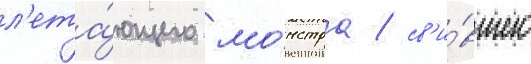
л'ета́ющего мо́нстра / св'и́вшего